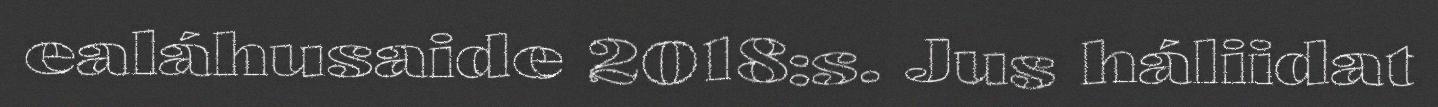
ealáhusaide 2018:s. Jus háliidat